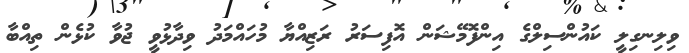
ވިލިނގިލީ ކައުންސިލްގެ އިންފޮމޭޝަން އޮފިސަރު ރަޒިއްޔާ މުހައްމަދު ވިދާޅުވީ ޖުވާ ކުޅެން ތިއްބާ